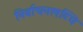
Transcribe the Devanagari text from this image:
निर्वाचनलब्धि